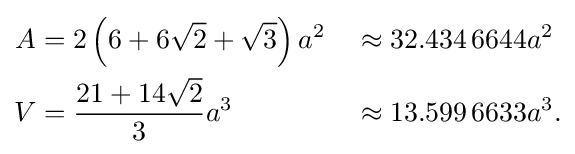
{\begin{aligned}A&=2\left(6+6{\sqrt {2}}+{\sqrt {3}}\right)a^{2}&&\approx 32.434\,6644a^{2}\\V&={\frac {21+14{\sqrt {2}}}{3}}a^{3}&&\approx 13.599\,6633a^{3}.\end{aligned}}